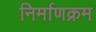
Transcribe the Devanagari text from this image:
निर्माणक्रम